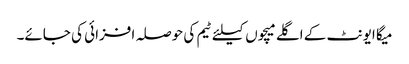
میگا ایونٹ کے اگلے میچوں کیلئے ٹیم کی حوصلہ افزائی کی جائے۔